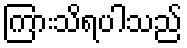
ကြားသိရပါသည်